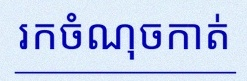
រកចំណុចកាត់